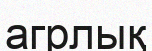
агрлық